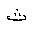
Letter: _tha